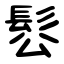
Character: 䯳